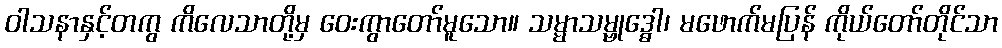
ဝါသနာနှင့်တကွ ကိလေသာတို့မှ ဝေးကွာတော်မူသော။ သမ္မာသမ္ဗုဒ္ဓေါ၊ မဖောက်မပြန် ကိုယ်တော်တိုင်သာ